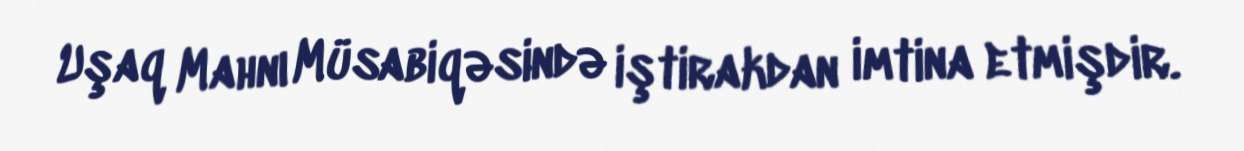
Uşaq Mahnı Müsabiqəsində iştirakdan imtina etmişdir.